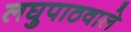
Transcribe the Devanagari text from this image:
लघुपाठवाले